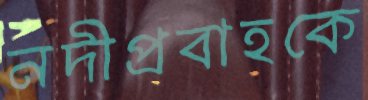
নদীপ্রবাহকে